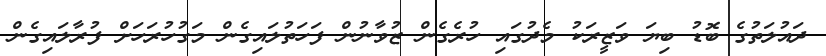
ދައުލަތުގެ ބޮޑު ބިޔަ ވަޒީރަކު މެދުގައި ހުރެގެން ޒުވާނުން ފަހަތުލައިގެން މަގުހުރަހަށް ފުރާލައިގެން